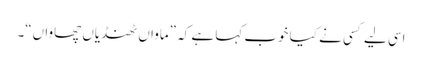
اسی لیے کسی نے کیا خوب کہا ہے کہ ”ماواں ٹھنڈیاں چھاواں“۔